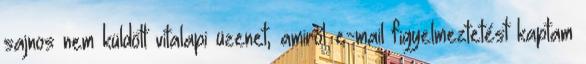
sajnos nem küldött vitalapi üzenet, amiről e-mail figyelmeztetést kaptam